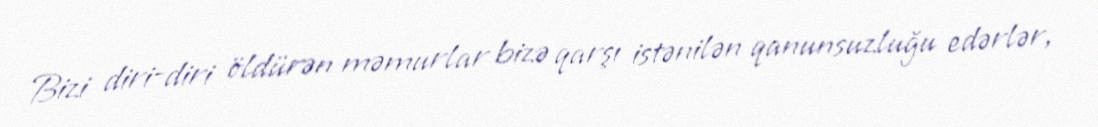
Bizi diri-diri öldürən məmurlar bizə qarşı istənilən qanunsuzluğu edərlər,